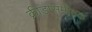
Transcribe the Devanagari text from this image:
क्रीडासमीक्षक